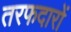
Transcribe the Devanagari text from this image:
तरफदारों